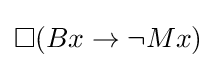
\Box (Bx\rightarrow \neg Mx)